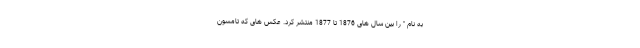
به نام " را بین سال های 1876 تا 1877 منتشر کرد. عکس های که تامسون